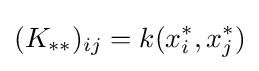
(K_{**})_{ij}=k(x_{i}^{*},x_{j}^{*})